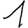
Digit: 1